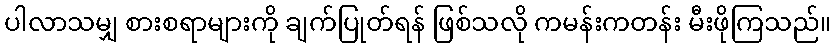
ပါလာသမျှ စားစရာများကို ချက်ပြုတ်ရန် ဖြစ်သလို ကမန်းကတန်း မီးဖိုကြသည်။